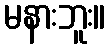
မနားဘူး။